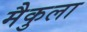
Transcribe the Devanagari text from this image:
मैकुला